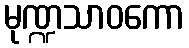
မုဏ္ဍသာဝကော